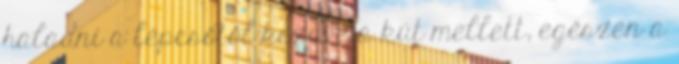
haladni a lépcsőtől kezdve a kút mellett, egészen a